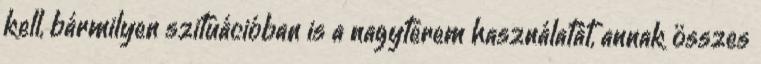
kell, bármilyen szituációban is a nagyterem használatát, annak összes